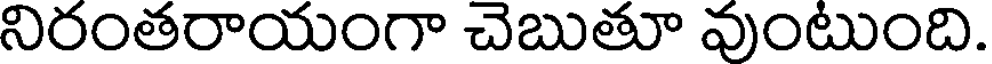
నిరంతరాయంగా చెబుతూ వుంటుంది.